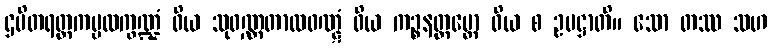
ဌပိတရတ္တကမ္ဗလက္ခဏ္ဍံ ဝိယ သုဝဏ္ဏတာလဝဏ္ဋံ ဝိယ ကဉ္စနတ္ထမ္ဘော ဝိယ စ ဥပဋ္ဌာတိ။ သော တဿ သဟ